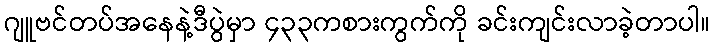
ဂျူဗင်တပ်အနေနဲ့ဒီပွဲမှာ ၄၃၃ကစားကွက်ကို ခင်းကျင်းလာခဲ့တာပါ။